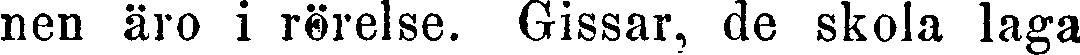
nen äro i rörelse. Gissar, de skola laga